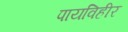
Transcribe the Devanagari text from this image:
पायविहीर